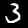
Label: 3